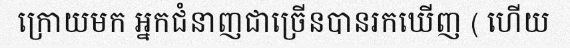
ក្រោយមក អ្នកជំនាញជាច្រើនបានរកឃើញ ( ហើយ